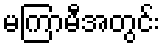
မကြာမီအတွင်း